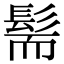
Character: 髵